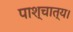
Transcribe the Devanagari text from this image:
पाश्चात्य।